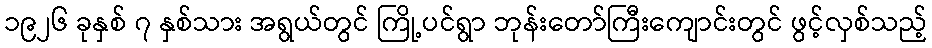
၁၉၂၆ ခုနှစ် ၇ နှစ်သား အရွယ်တွင် ကြို့ပင်ရွာ ဘုန်းတော်ကြီးကျောင်းတွင် ဖွင့်လှစ်သည့်